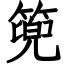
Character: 篼